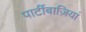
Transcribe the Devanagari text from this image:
पार्टीबाज़ियां